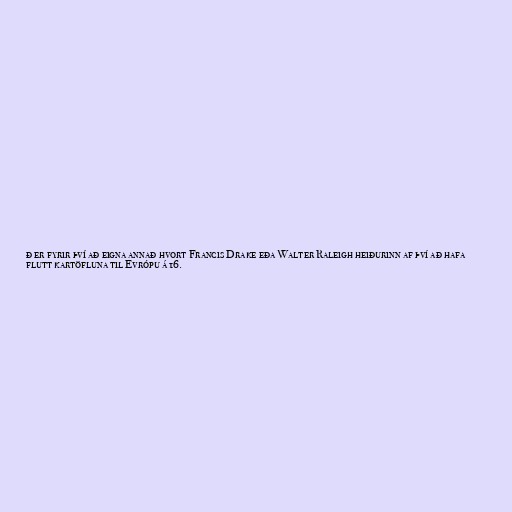
ð er fyrir því að eigna annað hvort Francis Drake eða Walter Raleigh heiðurinn af því að hafa
flutt kartöfluna til Evrópu á 16.